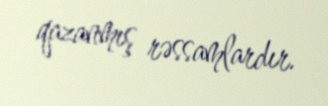
qazanmış rəssamlardır.